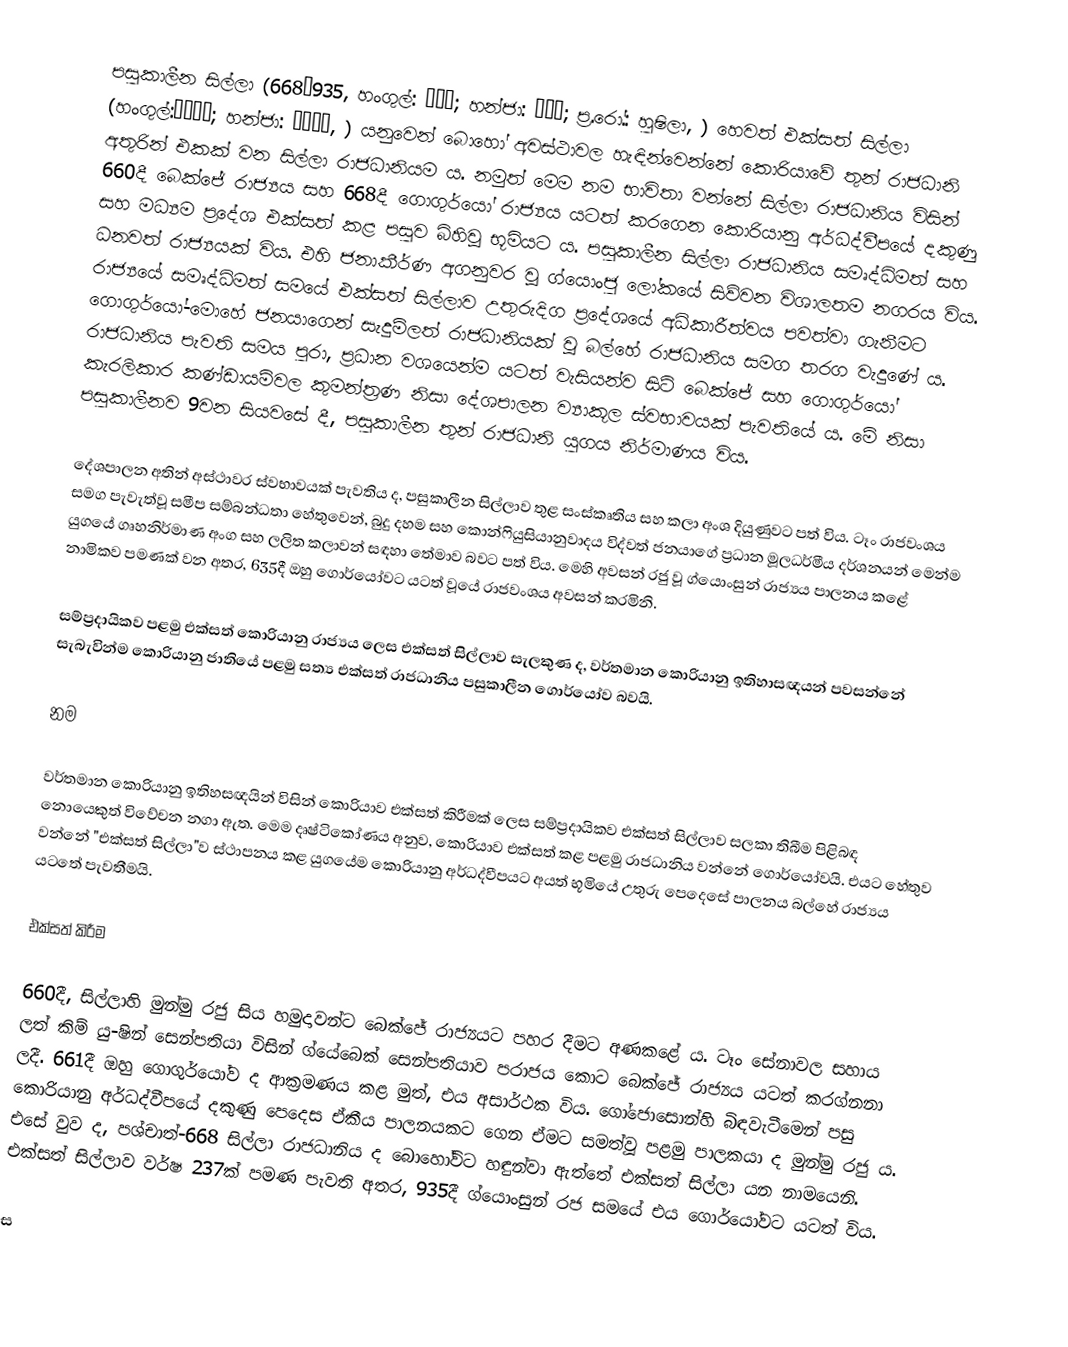
පසුකාලීන සිල්ලා (668–935, හංගුල්: 후신라; හන්ජා: 後新羅; ප්‍ර.රෝ.: හුෂිලා, ) හෙවත් එක්සත් සිල්ලා (හංගුල්:통일신라; හන්ජා: 統一新羅, ) යනුවෙන් බොහෝ අවස්ථාවල හැඳින්වෙන්නේ කොරියාවේ තුන් රාජධානි අතුරින් එකක් වන සිල්ලා රාජධානියම ය. නමුත් මෙම නම භාවිතා වන්නේ සිල්ලා රාජධානිය විසින් 660දී බෙක්ජේ රාජ්‍යය සහ 668දී ගොගුර්යෝ රාජ්‍යය යටත් කරගෙන කොරියානු අර්ධද්වීපයේ දකුණු සහ මධ්‍යම ප්‍රදේශ එක්සත් කළ පසුව බිහිවූ භූමියට ය. පසුකාලීන සිල්ලා රාජධානිය සමෘද්ධිමත් සහ ධනවත් රාජ්‍යයක් විය. එහි ජනාකීර්ණ අගනුවර වූ ග්යොංජු ලෝකයේ සිව්වන විශාලතම නගරය විය. රාජ්‍යයේ සමෘද්ධිමත් සමයේ එක්සත් සිල්ලාව උතුරුදිග ප්‍රදේශයේ අධිකාරීත්වය පවත්වා ගැනීමට ගොගුර්යෝ-මොහේ ජනයාගෙන් සැදුම්ලත් රාජධානියක් වූ බල්හේ රාජධානිය සමග තරග වැදුණේ ය. රාජධානිය පැවති සමය පුරා, ප්‍රධාන වශයෙන්ම යටත් වැසියන්ව සිටි බෙක්ජේ සහ ගොගුර්යෝ කැරලිකාර කණ්ඩායම්වල කුමන්ත්‍රණ නිසා දේශපාලන ව්‍යාකූල ස්වභාවයක් පැවතියේ ය. මේ නිසා පසුකාලීනව 9වන සියවසේ දී, පසුකාලීන තුන් රාජධානි යුගය නිර්මාණය විය.

දේශපාලන අතින් අස්ථාවර ස්වභාවයක් පැවතිය ද, පසුකාලීන සිල්ලාව තුළ සංස්කෘතිය සහ කලා අංශ දියුණුවට පත් විය. ටෑං රාජවංශය සමග පැවැත්වූ සමීප සම්බන්ධතා හේතුවෙන්, බුදු දහම සහ කොන්ෆියුසියානුවාදය විද්වත් ජනයාගේ ප්‍රධාන මූලධර්මීය දර්ශනයන් මෙන්ම යුගයේ ගෘහනිර්මාණ අංග සහ ලලිත කලාවන් සඳහා තේමාව බවට පත් විය. මෙහි අවසන් රජු වූ ග්යොංසුන් රාජ්‍යය පාලනය කළේ නාමිකව පමණක් වන අතර, 635දී ඔහු ගොර්යෝවට යටත් වූයේ රාජවංශය අවසන් කරමිනි.‍

සම්ප්‍රදායිකව පළමු එක්සත් කොරියානු රාජ්‍යය ලෙස එක්සත් සිල්ලාව සැලකුණ ද, වර්තමාන කොරියානු ඉතිහාසඥයන් පවසන්නේ සැබැවින්ම කොරියානු ජාතියේ පළමු සත්‍ය එක්සත් රාජධානිය පසුකාලීන ගොර්යෝව බවයි.

නම

වර්තමාන කොරියානු ඉතිහසඥයින් විසින් කොරියාව එක්සත් කිරීමක් ලෙස සම්ප්‍රදායිකව එක්සත් සිල්ලාව සලකා තිබීම පිළිබඳ නොයෙකුත් විවේචන නගා ඇත. මෙම දෘෂ්ටිකෝණය අනුව, කොරියාව එක්සත් කළ පළමු රාජධානිය වන්නේ ගොර්යෝවයි. එයට හේතුව වන්නේ "එක්සත් සිල්ලා"ව ස්ථාපනය කළ යුගයේම කොරියානු අර්ධද්වීපයට අයත් භූමියේ උතුරු පෙදෙසේ පාලනය බල්හේ රාජ්‍යය යටතේ පැවතීමයි.

එක්සත් කිරීම

660දී, සිල්ලාහි මුන්මු රජු සිය හමුදාවන්ට බෙක්ජේ රාජ්‍යයට පහර දීමට අණකළේ ය. ටෑං සේනාවල සහාය ලත් කිම් යු-ෂින් සෙන්පතියා විසින් ග්යේබෙක් සෙන්පතියාව පරාජය කොට බෙක්ජේ රාජ්‍යය යටත් කරග්නනා ලදී. 661දී ඔහු ගොගුර්යෝව ද ආක්‍රමණය කළ මුත්, එය අසාර්ථක විය. ගෝජොසොන්හි බිඳවැටීමෙන් පසු කොරියානු අර්ධද්වීපයේ දකුණු පෙදෙස ඒකීය පාලනයකට ගෙන ඒමට සමත්වූ පළමු පාලකයා ද මුන්මු රජු ය. එසේ වුව ද, පශ්චාත්-668 සිල්ලා රාජධානිය ද බොහෝවිට හඳුන්වා ඇත්තේ එක්සත් සිල්ලා යන නාමයෙනි. එක්සත් සිල්ලාව වර්ෂ 237ක් පමණ පැවති අතර, 935දී ග්යොංසුන් රජ සමයේ එය ගොර්යෝවට යටත් විය.

ස